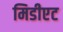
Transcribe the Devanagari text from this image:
मिडीएट